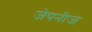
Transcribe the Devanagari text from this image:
जेपनीज